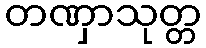
တဏှာသုတ္တ